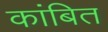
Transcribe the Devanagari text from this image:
कांबित